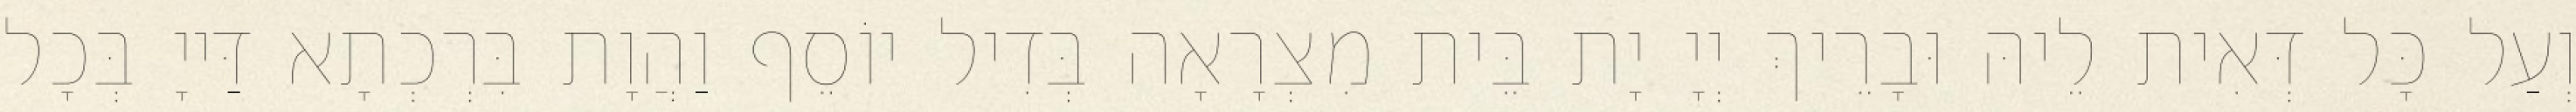
וְעַל כָּל דְּאִית לֵיהּ וּבָרֵיךְ יְיָ יָת בֵּית מִצְרָאָה בְּדִיל יוֹסֵף וַהֲוָת בִּרְכְתָא דַּייָ בְּכָל